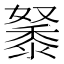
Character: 𪏷